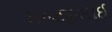
માવજીભાઈ